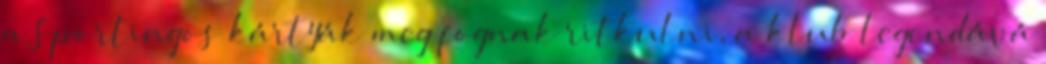
a Sportingos kártyák meg fognak ritkulni, a klub legendává